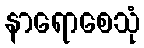
နာရောစေသုံ